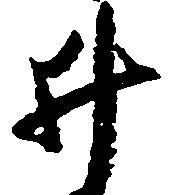
井